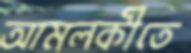
আমলকীতে